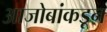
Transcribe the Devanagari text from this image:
आजोबांकडून